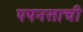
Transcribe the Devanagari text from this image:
पपनसाची